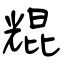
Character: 尡